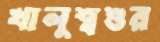
খালুশ্বশুর